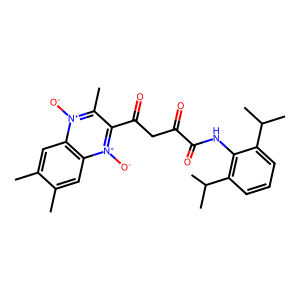
SMILES: Cc1cc2c(cc1C)[n+]([O-])c(C(=O)CC(=O)C(=O)Nc1c(C(C)C)cccc1C(C)C)c(C)[n+]2[O-]
Inhibits HIV replication: No